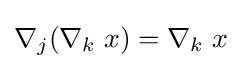
\nabla _{j}(\nabla _{k}\;x)=\nabla _{k}\;x